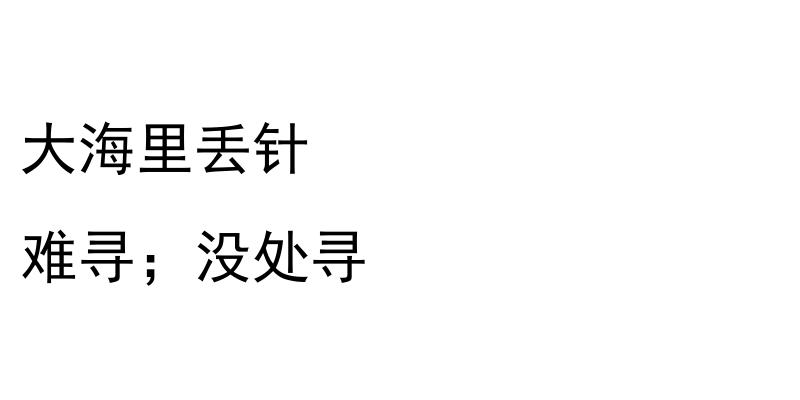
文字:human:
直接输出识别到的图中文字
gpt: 大海里丢针 难寻；没处寻